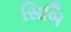
સિબિ